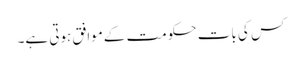
کس کی بات حکومت کےموافق ہوتی ہے۔